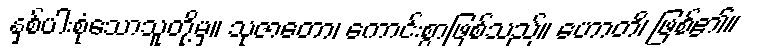
နှစ်ပါးစုံသောသူတို့မှ။ သုဇာတော၊ ကောင်းစွာဖြစ်သည်။ ဟောတိ၊ ဖြစ်၏။